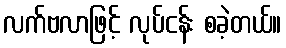
လက်ဗလာဖြင့် လုပ်ငန်း စခဲ့တယ်။